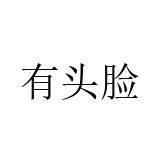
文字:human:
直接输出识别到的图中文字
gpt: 有头脸